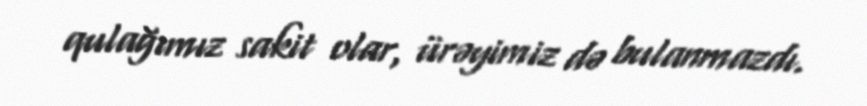
qulağımız sakit olar, ürəyimiz də bulanmazdı.